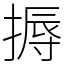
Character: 搙